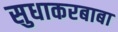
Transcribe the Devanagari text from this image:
सुधाकरबाबा